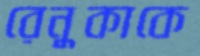
রেনুকাকে